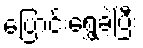
ပြောင်းရွှေ့ခဲ့ပြီး